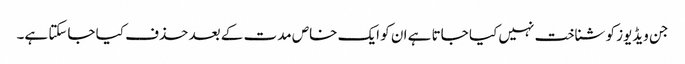
جن ویڈیوز کو شناخت نہیں کیا جاتا ہے ان کو ایک خاص مدت کے بعد حذف کیا جاسکتا ہے۔